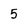
Character: 5